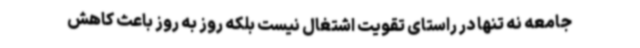
جامعه نه تنها در راستای تقویت اشتغال نیست بلکه روز به روز باعث کاهش